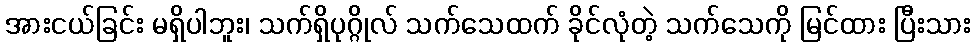
အားငယ်ခြင်း မရှိပါဘူး၊ သက်ရှိပုဂ္ဂိုလ် သက်သေထက် ခိုင်လုံတဲ့ သက်သေကို မြင်ထား ပြီးသား